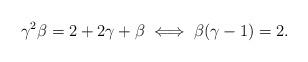
LaTeX: \begin{align*}\gamma^2 \beta=2+2\gamma +\beta \iff \beta(\gamma-1)=2.\end{align*}